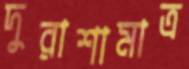
দুরাশামাত্র